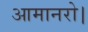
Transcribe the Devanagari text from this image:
आमानरो।